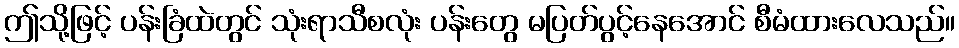
ဤသို့ဖြင့် ပန်းခြံထဲတွင် သုံးရာသီစလုံး ပန်းတွေ မပြတ်ပွင့်နေအောင် စီမံထားလေသည်။